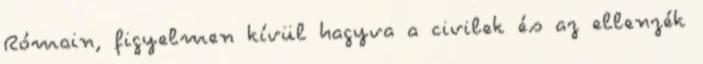
Rómain, figyelmen kívül hagyva a civilek és az ellenzék